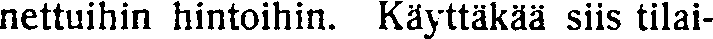
nettuihin hintoihin. Käyttäkää siis tilai-